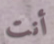
أنت